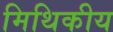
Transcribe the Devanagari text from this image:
मिथिकीय